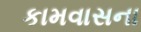
કામવાસના